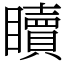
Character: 𥌚